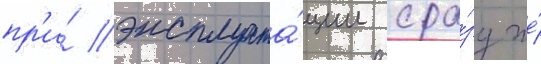
пр'и́ эксплуата́ции сра́зу же́